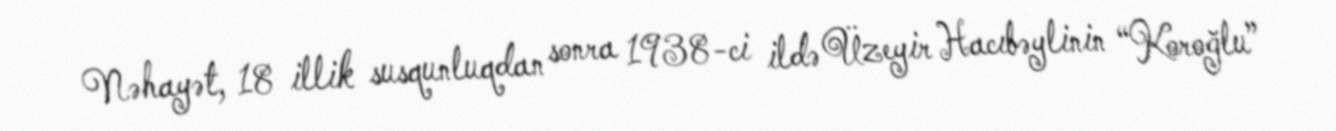
Nəhayət, 18 illik susqunluqdan sonra 1938-ci ildə Üzeyir Hacıbəylinin “Koroğlu”